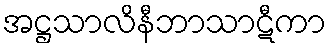
အဋ္ဌသာလိနီဘာသာဋီကာ